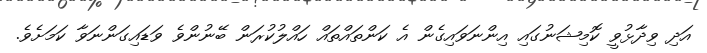
އަދި ވިދާޅުވީ ކޮމިޝަނުގައި އިންނަވައިގެން އެ ކަންތައްތައް ހައްލުކުރަން ބޭނުންވެ ވަޑައިގަންނަވާ ކަމަށެވެ.